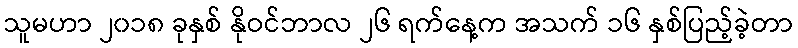
သူမဟာ ၂၀၁၈ ခုနှစ် နိုဝင်ဘာလ ၂၆ ရက်နေ့က အသက် ၁၆ နှစ်ပြည့်ခဲ့တာ